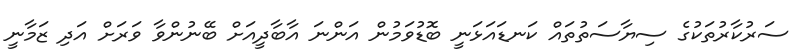
ސަރުކާރުތަކުގެ ސިޔާސަތުތައް ކަނޑައަޅަނީ ބޮޑުވަމުން އަންނަ އާބާދީއަށް ބޭނުންވާ ވަރަށް އަދި ޒަމާނީ